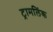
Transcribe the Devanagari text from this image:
ट्रामलिंक